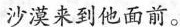
沙漠来到他面前。